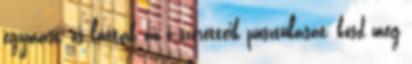
egymást, és látták az ő szeretteik pusztulását, kösd meg